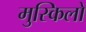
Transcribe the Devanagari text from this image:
मुस्किलो